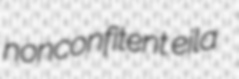
nonconfitent eila